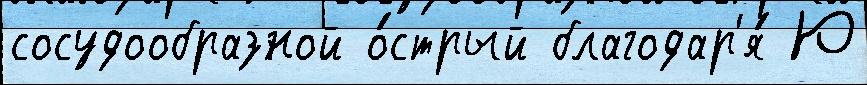
сосудообразной о́стрый благодар'я́ Ю